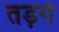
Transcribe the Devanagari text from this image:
तड़गे